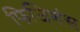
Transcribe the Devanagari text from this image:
फिजिशंस